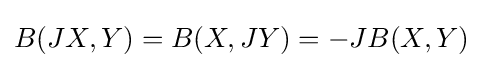
B(JX,Y)=B(X,JY)=-JB(X,Y)